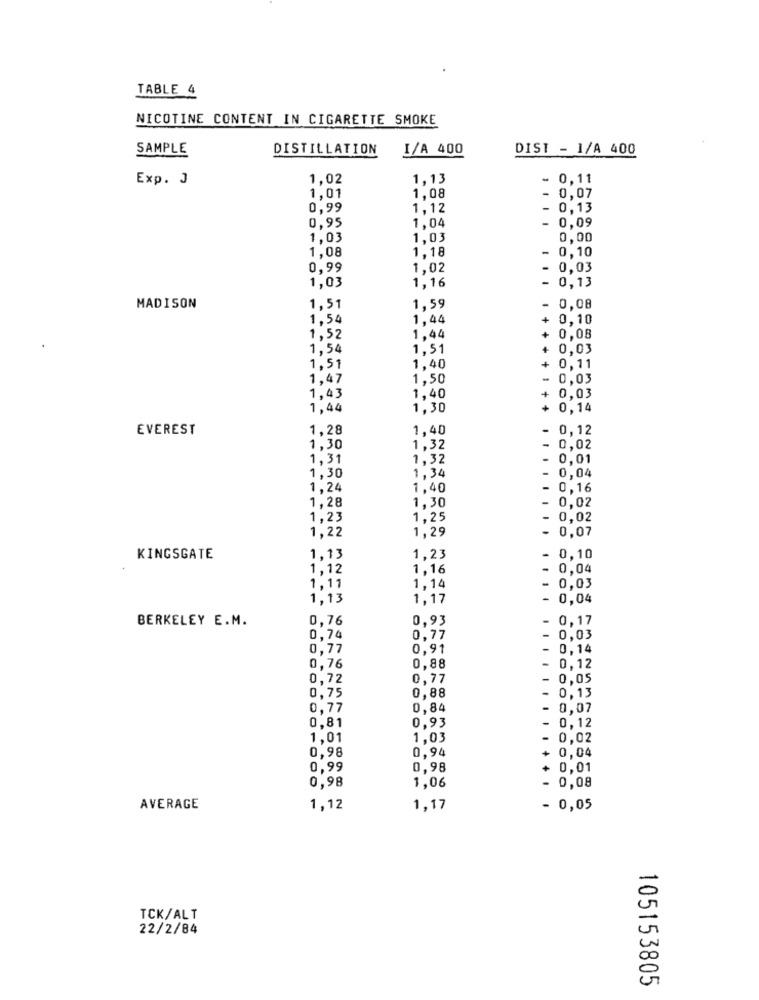
TABLE 4
NICOTINE CONTENT IN CIGARETTE SMOKE
SAMPLE
DISTILLATION
I/A 400
DIST - 1/A 400
Exp. J
1,02
1,13
- 0,11
1.08
1,01
0,07
0,99
1,12
0,13
0,95
1.04
-
0,09
1.03
1,03
0,00
1,08
1,18
-
0,10
0,99
1,02
0,03
1,03
0,13
1,16
MADISON
1,51
1,59
0,08
1,54
1,44
0,10
1,52
1.44
0,08
1,54
1,51
0,03
1.51
1,40
0,11
1,47
1,50
0,03
1,43
1,40
0,03
1,44
1,30
0,14
EVEREST
1,28
1,40
0,12
1,30
1,32
0,02
1,31
1,32
0,01
1,30
1,34
0,04
1,24
1,40
0,16
1,28
1,30
0,02
1,23
1.25
0,02
1,29
0,07
1,22
KINGSGATE
1,13
1,23
0,10
1,12
1,16
0,04
1.11
1,14
0,03
1,13
1,17
0,04
BERKELEY E.M.
0,76
0,93
- 0,17
0,74
0,77
0,03
0,77
0.91
0,14
0,76
0.88
0,12
0,72
0,77
0,05
0,75
0.88
0,13
0.77
0.84
0.07
0,81
0.93
0,12
1,01
1.03
0,02
0,98
0,94
+ 0,04
0,99
0,98
+ 0,01
0,98
1,06
- 0,08
AVERAGE
1,12
1,17
- 0,05
TCK/ALT
22/2/84
105153805